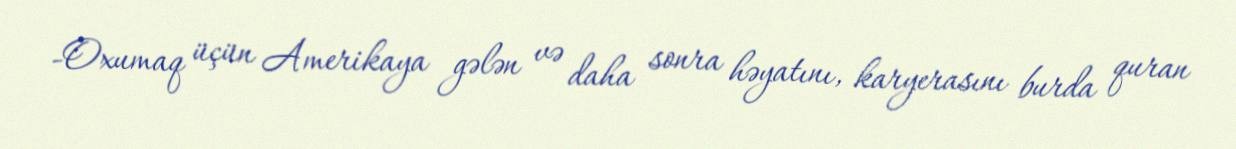
-Oxumaq üçün Amerikaya gələn və daha sonra həyatını, karyerasını burda quran